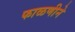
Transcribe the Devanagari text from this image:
फाळणीने